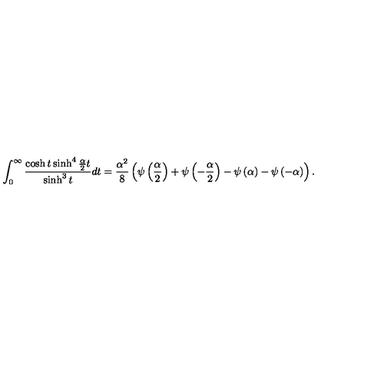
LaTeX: \int _ { 0 } ^ { \infty } \frac { \cosh t \sinh ^ { 4 } \frac { \alpha } { 2 } t } { \sinh ^ { 3 } t } d t = \frac { \alpha ^ { 2 } } { 8 } \left( \psi \left( \frac { \alpha } { 2 } \right) + \psi \left( - \frac { \alpha } { 2 } \right) - \psi \left( \alpha \right) - \psi \left( - \alpha \right) \right) .